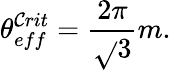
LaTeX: \theta_{eff}^{\mathcal{C}rit}=\frac{{2\pi}}{{\sqrt{}{{3}}}}m.